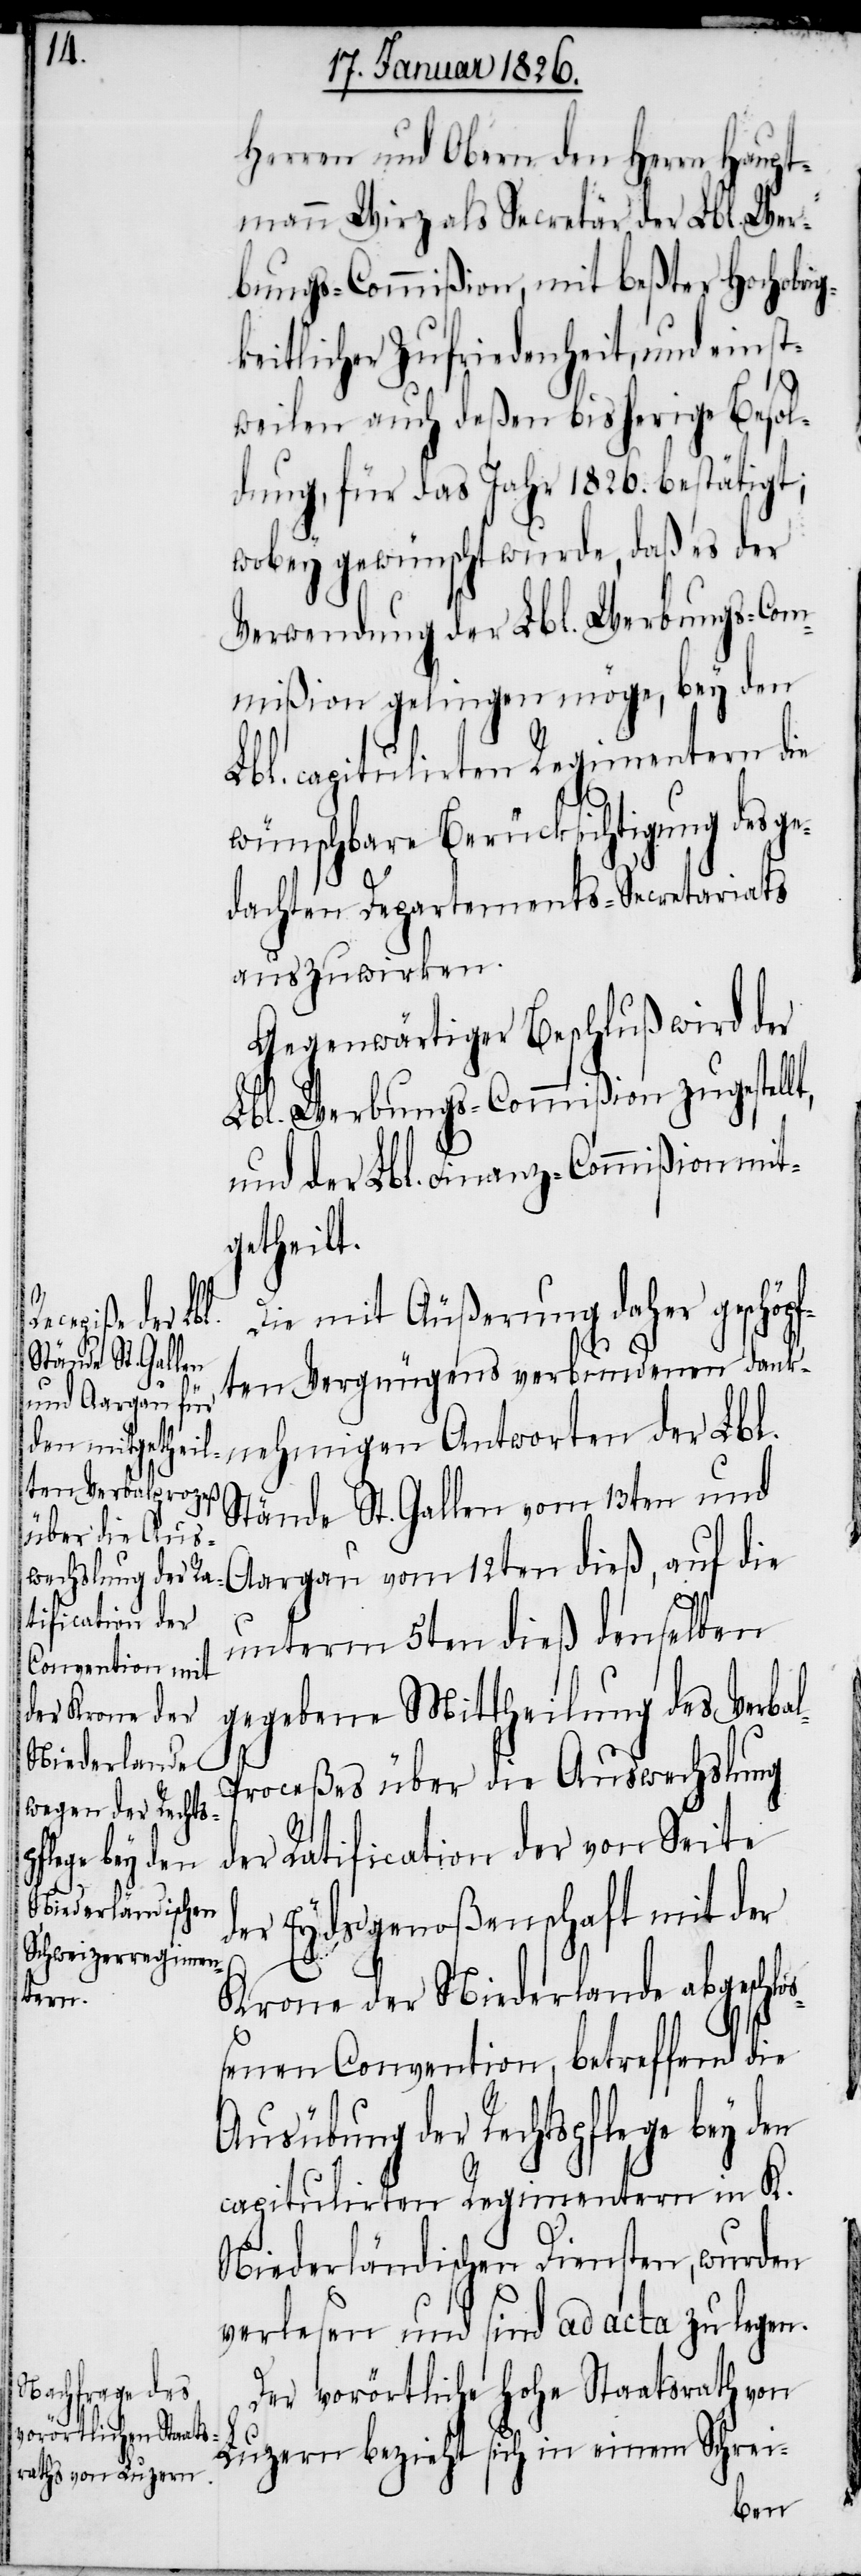
Herren und Obern den Herrn Haupt¬
mann Wirz als Secretär der Lbl. Wer¬
bungs-Commißion, mit beßter Hochobri¬
keitlicher Zufriedenheit, und einst¬
weilen auch deßen bisherige Besol¬
dung, für das Jahr 1826. bestätigt;
wobey gewünscht wurde, daß es der
Verwendung der Lbl. Werbungs-Com¬
mißion gelingen möge, bey den
Lbl. capitulirten Regimentern die
wünschbare Berücksichtigung des ge¬
dachten Departements-Secretariats
auszuwirken.
Gegenwärtiger Beschluß wird der
Lbl. Werbungs-Commißion zugestell¬
und der Lbl. Finanz-Commißion mit¬
getheilt.
Die mit Äußerung daher geschöpf¬
ten Vergnügens verbundenen dank¬
nehmigen Antworten der Lbl.
Stände St. Gallen vom 13ten und
Aargau vom 12ten dieß, auf die
unterm 5ten dieß denselben
gegebene Mittheilung des Verba¬
l-P¬
roceßes über die Auswechslung
der Ratification der von Seite
der Eydsgenoßenschaft mit der
Krone der Niederlande abgeschlo¬
ßenen Convention, betreffend die
Ausübung der Rechtspflege bey den
capitulirten Regimentern in K.
Niederländischen Diensten, wurden
verlesen und sind ad acta zu legen.
Der vorörtliche hohe Staatsrath von
Luzern bezieht sich in einem Schrei-